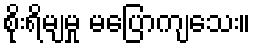
စိုးရိမျမှု မပြောကျသေး။